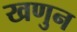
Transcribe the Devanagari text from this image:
खणुन